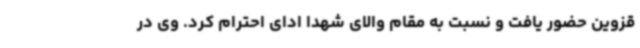
قزوین حضور یافت و نسبت به مقام والای شهدا ادای احترام کرد. وی در